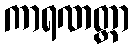
ကာရဏတ္ထာ